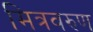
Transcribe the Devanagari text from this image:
मित्रवरुण